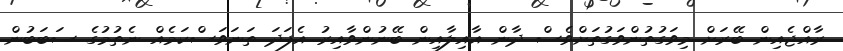
ރާއްޖެއިން ބޭރަށް މިވަގުތުންވަގުތަށްވެސް ދާން އާއިލާއިން ބޭނުންވާއިރު އެފަދަ ތަނަވަސްކަމެއް ނެތުމުގެ ސަބަބުން